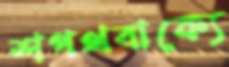
শপথবাক্যে